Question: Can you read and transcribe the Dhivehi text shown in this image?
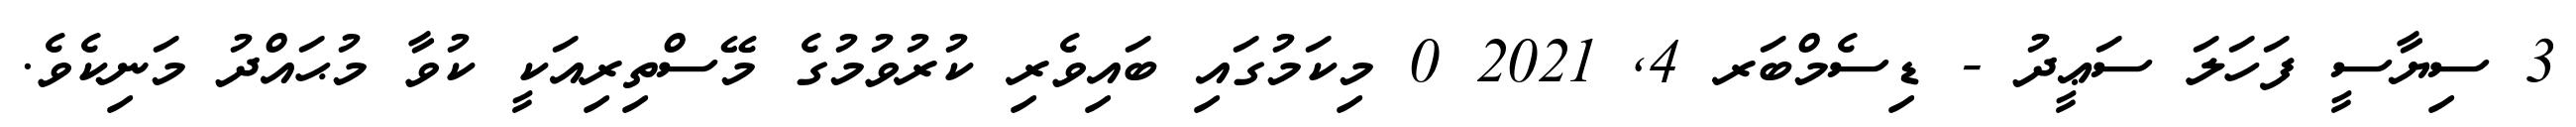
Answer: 3 ސިޔާސީ ފަހަލަ ސަޢީދު - ޑިސެމްބަރ 4, 2021 0 މިކަމުގައި ބައިވެރި ކުރުވުމުގެ މޭސްތިރިއަކީ ކުވާ މުޙައްދު މަނިކެވެ.